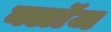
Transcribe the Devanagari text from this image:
क्लाॅज